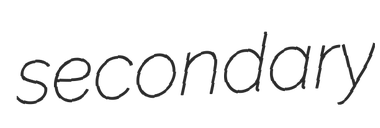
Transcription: secondary